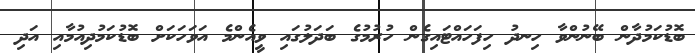
ބޮޑުކަމުދާން ބޭނުންވާ ހިނދު ހިފަހައްޓައިގެން ހުރުމުގެ ބަދަލުގައި ވީއެންމެ އަވަހަކަށް ބޮޑުކަމުދިއުމާއި އަދި